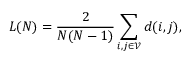
L ( N ) = \frac { 2 } { N ( N - 1 ) } \sum _ { i , j \in \mathscr { V } } d ( i , j ) ,